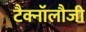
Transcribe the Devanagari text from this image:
टैक्नॉलौजी